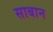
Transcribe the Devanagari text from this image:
साबान